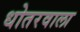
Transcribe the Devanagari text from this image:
धोतरवाला